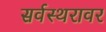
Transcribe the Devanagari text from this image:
सर्वस्थरावर